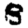
Digit: 8